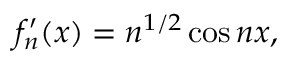
f _ { n } ^ { \prime } ( x ) = n ^ { 1 / 2 } \cos n x ,